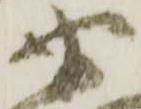
衛